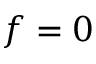
f = 0